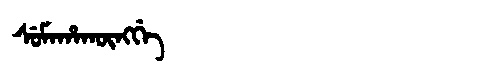
Manchu: ᠰᡠᠮᠠᡥᠠᡴᡡᠩᡤᡝ
Romanization: SUMAHAKŪNGGE